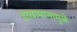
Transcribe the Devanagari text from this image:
हावामानामुळे